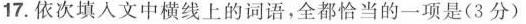
17.依次填人文中横线上的词语，全都恰当的一项是(3分)